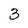
Character: 3